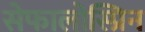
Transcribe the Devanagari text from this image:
सेफालोस्प्रिन